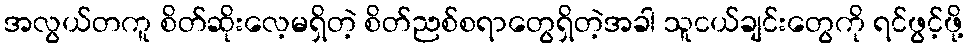
အလွယ်တကူ စိတ်ဆိုးလေ့မရှိတဲ့ စိတ်ညစ်စရာတွေရှိတဲ့အခါ သူငယ်ချင်းတွေကို ရင်ဖွင့်ဖို့